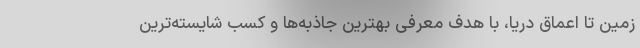
زمین تا اعماق دریا، با هدف معرفی بهترین جاذبه‌ها و کسب شایسته‌ترین